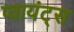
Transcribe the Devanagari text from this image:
प्वायंट्स